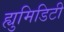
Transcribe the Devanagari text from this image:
ह्युमिडिटी